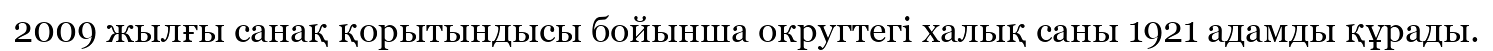
2009 жылғы санақ қорытындысы бойынша округтегі халық саны 1921 адамды құрады.